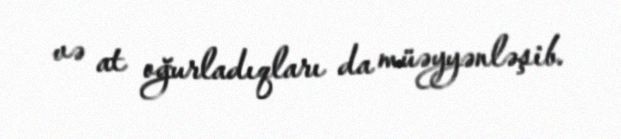
və at oğurladıqları da müəyyənləşib.